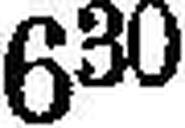
630